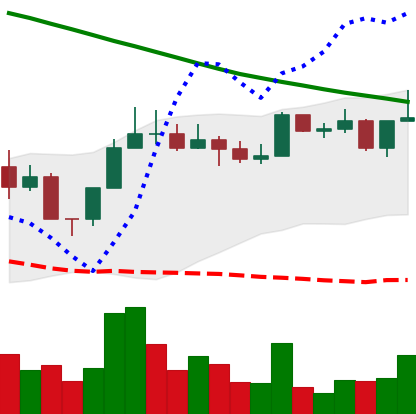
Ticker: NEO-USD
Chart end date: 2022-08-11
Forward return: -4.95%
Label: down_3_5